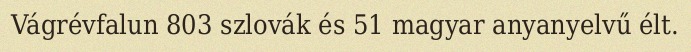
Vágrévfalun 803 szlovák és 51 magyar anyanyelvű élt.